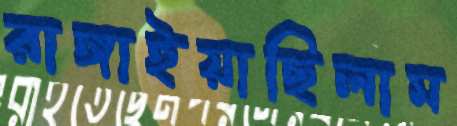
রাঙ্গাইয়াছিলাম